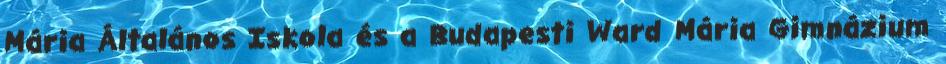
Mária Általános Iskola és a Budapesti Ward Mária Gimnázium